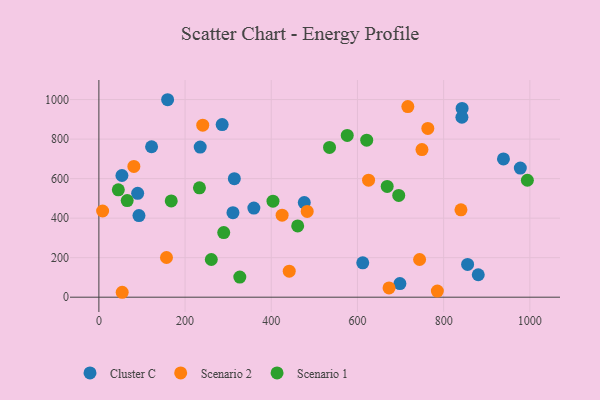
{"axis": {"x": "Engine Size", "y": "Fuel Efficiency"}, "legend": ["Cluster C", "Scenario 1", "Scenario 2"], "data": [{"x": "314.3", "y": 599.9, "type": "Cluster C"}, {"x": "977.9", "y": 653.5, "type": "Cluster C"}, {"x": "612.3", "y": 174.0, "type": "Cluster C"}, {"x": "698.5", "y": 69.0, "type": "Cluster C"}, {"x": "90.0", "y": 525.3, "type": "Cluster C"}, {"x": "880.3", "y": 113.5, "type": "Cluster C"}, {"x": "938.8", "y": 699.4, "type": "Cluster C"}, {"x": "842.8", "y": 955.0, "type": "Cluster C"}, {"x": "53.5", "y": 615.7, "type": "Cluster C"}, {"x": "476.6", "y": 478.6, "type": "Cluster C"}, {"x": "311.1", "y": 427.4, "type": "Cluster C"}, {"x": "359.6", "y": 450.8, "type": "Cluster C"}, {"x": "122.3", "y": 761.3, "type": "Cluster C"}, {"x": "93.0", "y": 412.9, "type": "Cluster C"}, {"x": "235.1", "y": 759.4, "type": "Cluster C"}, {"x": "842.4", "y": 910.5, "type": "Cluster C"}, {"x": "286.1", "y": 873.3, "type": "Cluster C"}, {"x": "855.6", "y": 166.0, "type": "Cluster C"}, {"x": "159.5", "y": 999.1, "type": "Cluster C"}, {"x": "785.4", "y": 31.2, "type": "Scenario 2"}, {"x": "483.4", "y": 434.1, "type": "Scenario 2"}, {"x": "749.7", "y": 746.8, "type": "Scenario 2"}, {"x": "840.2", "y": 441.8, "type": "Scenario 2"}, {"x": "81.2", "y": 661.8, "type": "Scenario 2"}, {"x": "716.9", "y": 964.5, "type": "Scenario 2"}, {"x": "241.0", "y": 870.1, "type": "Scenario 2"}, {"x": "156.9", "y": 200.8, "type": "Scenario 2"}, {"x": "425.2", "y": 415.0, "type": "Scenario 2"}, {"x": "763.3", "y": 854.1, "type": "Scenario 2"}, {"x": "744.2", "y": 190.7, "type": "Scenario 2"}, {"x": "673.3", "y": 46.7, "type": "Scenario 2"}, {"x": "54.1", "y": 24.9, "type": "Scenario 2"}, {"x": "625.8", "y": 592.1, "type": "Scenario 2"}, {"x": "8.7", "y": 436.0, "type": "Scenario 2"}, {"x": "441.7", "y": 131.9, "type": "Scenario 2"}, {"x": "576.3", "y": 818.7, "type": "Scenario 1"}, {"x": "233.4", "y": 553.5, "type": "Scenario 1"}, {"x": "167.9", "y": 487.1, "type": "Scenario 1"}, {"x": "289.7", "y": 327.1, "type": "Scenario 1"}, {"x": "695.8", "y": 515.0, "type": "Scenario 1"}, {"x": "404.0", "y": 485.7, "type": "Scenario 1"}, {"x": "461.3", "y": 360.7, "type": "Scenario 1"}, {"x": "994.3", "y": 591.8, "type": "Scenario 1"}, {"x": "45.1", "y": 543.0, "type": "Scenario 1"}, {"x": "621.5", "y": 794.5, "type": "Scenario 1"}, {"x": "535.2", "y": 757.8, "type": "Scenario 1"}, {"x": "327.0", "y": 101.6, "type": "Scenario 1"}, {"x": "260.9", "y": 190.8, "type": "Scenario 1"}, {"x": "669.0", "y": 560.2, "type": "Scenario 1"}, {"x": "65.7", "y": 488.8, "type": "Scenario 1"}]}